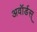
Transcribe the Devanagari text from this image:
अवॉर्डस्